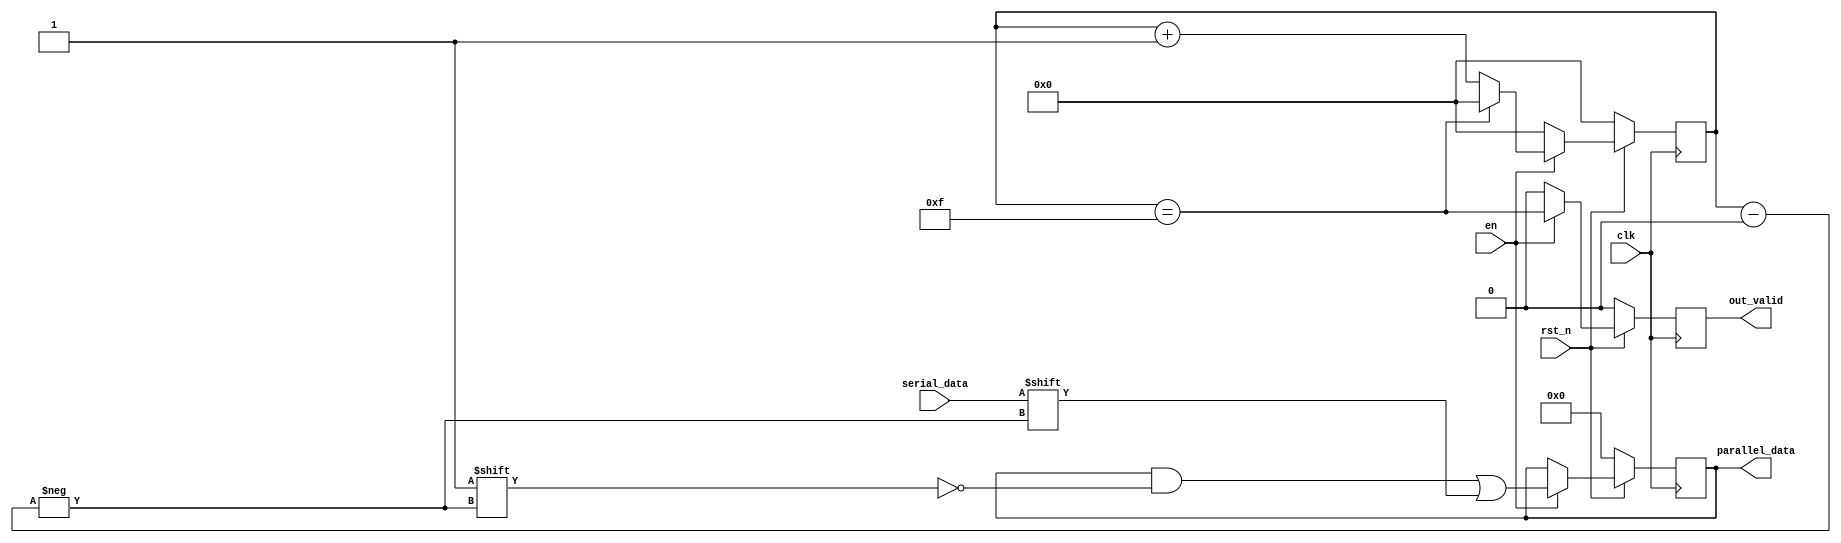
/* Deserializer module. */

module deserializer
#(
    parameter FETCH_WIDTH = 16
)
(
    input clk,
    input rst_n,
    input serial_data,
    input en,
    output reg [FETCH_WIDTH-1:0] parallel_data,
    output reg out_valid
);

    localparam COUNTER_WIDTH = $clog2(FETCH_WIDTH);
    reg [COUNTER_WIDTH-1:0] count_r;
        
    always @(posedge clk) begin
        if (rst_n) begin
            if (en) begin
                parallel_data[count_r] <= serial_data;
                count_r <= (count_r == FETCH_WIDTH - 1) ? 0 : count_r + 1;
                out_valid <= (count_r == FETCH_WIDTH - 1);
            end
            else begin
                count_r <= 0;
                out_valid <= 0;
            end
        end
        else begin
            parallel_data <= {FETCH_WIDTH{1'b0}};
            count_r <= 0;
            out_valid <= 0;
        end
    end
endmodule